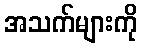
အသက်များကို